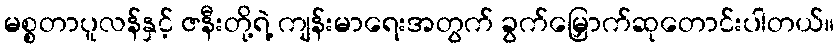
မစ္စတာပူလန်နှင့် ဇနီးတို့ရဲ့ ကျန်းမာရေးအတွက် ခွက်မြှောက်ဆုတောင်းပါတယ်။